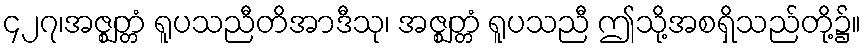
၄၂၇၊အဇ္ဈတ္တံ ရူပသညီတိအာဒီသု၊ အဇ္ဈတ္တံ ရူပသညီ ဤသို့အစရှိသည်တို့၌။